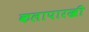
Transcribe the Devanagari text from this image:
कलापारखी